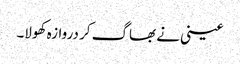
عینی نے بھاگ کر دروازہ کھولا۔